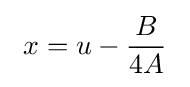
\ x=u-{B \over 4A}\